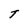
Character: T